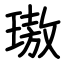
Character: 璈